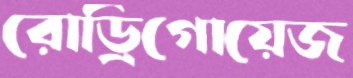
রোড্রিগোয়েজ